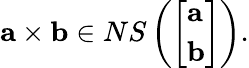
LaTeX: \mathbf{a}\times\mathbf{b}\in NS\left({\left[\begin{array}{l}{\mathbf{a}}\\ {\mathbf{b}}\end{array}\right]}\right).